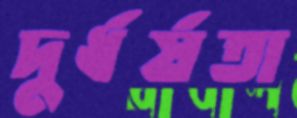
দুর্ধর্ষতা